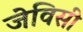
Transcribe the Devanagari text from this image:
जेविसी